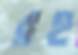
রহ